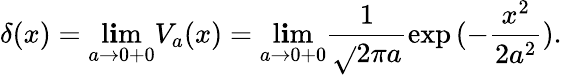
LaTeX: \delta(x)=\operatorname*{l\mathbf{i}m}_{a\to0+0}V_{a}(x)=\operatorname*{l\mathbf{i}m}_{a\to0+0}\frac{{1}}{{\sqrt{}{{2\pi}}a}}\exp{(-\frac{{x^{2}}}{{2a^{2}}})}.